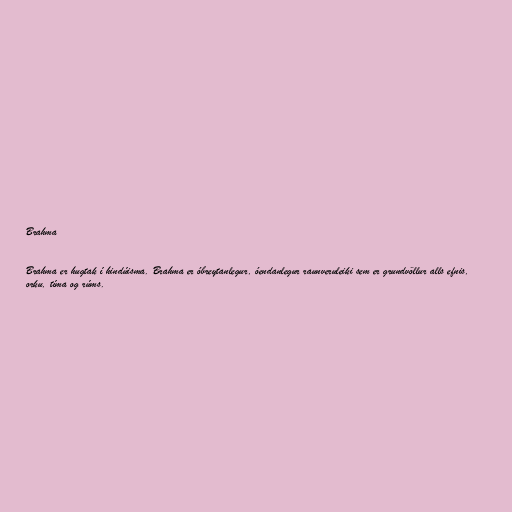
Brahma

Brahma er hugtak í hindúisma. Brahma er óbreytanlegur, óendanlegur raunveruleiki sem er grundvöllur alls efnis,
orku, tíma og rúms.